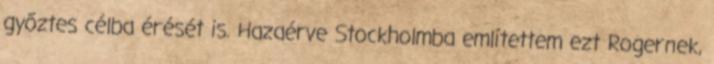
győztes célba érését is. Hazaérve Stockholmba említettem ezt Rogernek,